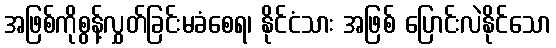
အဖြစ်ကိုစွန့်လွှတ်ခြင်းမခံစေရ၊ နိုင်ငံသား အဖြစ် ပြောင်းလဲနိုင်သော